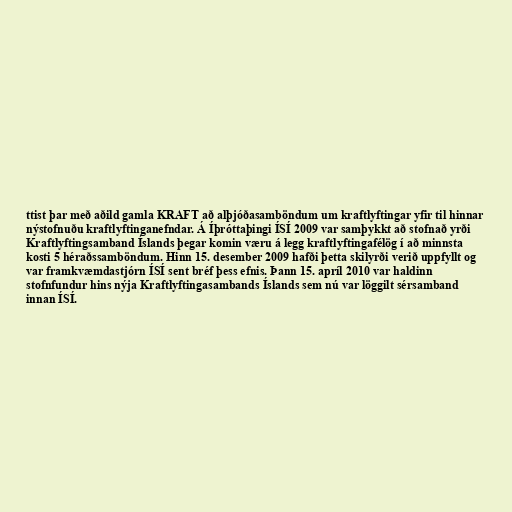
ttist þar með aðild gamla KRAFT að alþjóðasamböndum um kraftlyftingar yfir til hinnar
nýstofnuðu kraftlyftinganefndar. Á Íþróttaþingi ÍSÍ 2009 var samþykkt að stofnað yrði
Kraftlyftingsamband Íslands þegar komin væru á legg kraftlyftingafélög í að minnsta
kosti 5 héraðssamböndum. Hinn 15. desember 2009 hafði þetta skilyrði verið uppfyllt og
var framkvæmdastjórn ÍSÍ sent bréf þess efnis. Þann 15. apríl 2010 var haldinn
stofnfundur hins nýja Kraftlyftingasambands Íslands sem nú var löggilt sérsamband
innan ÍSÍ.